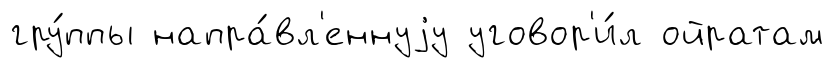
гру́ппы напра́вл'еннуjу уговор'и́л ойратам